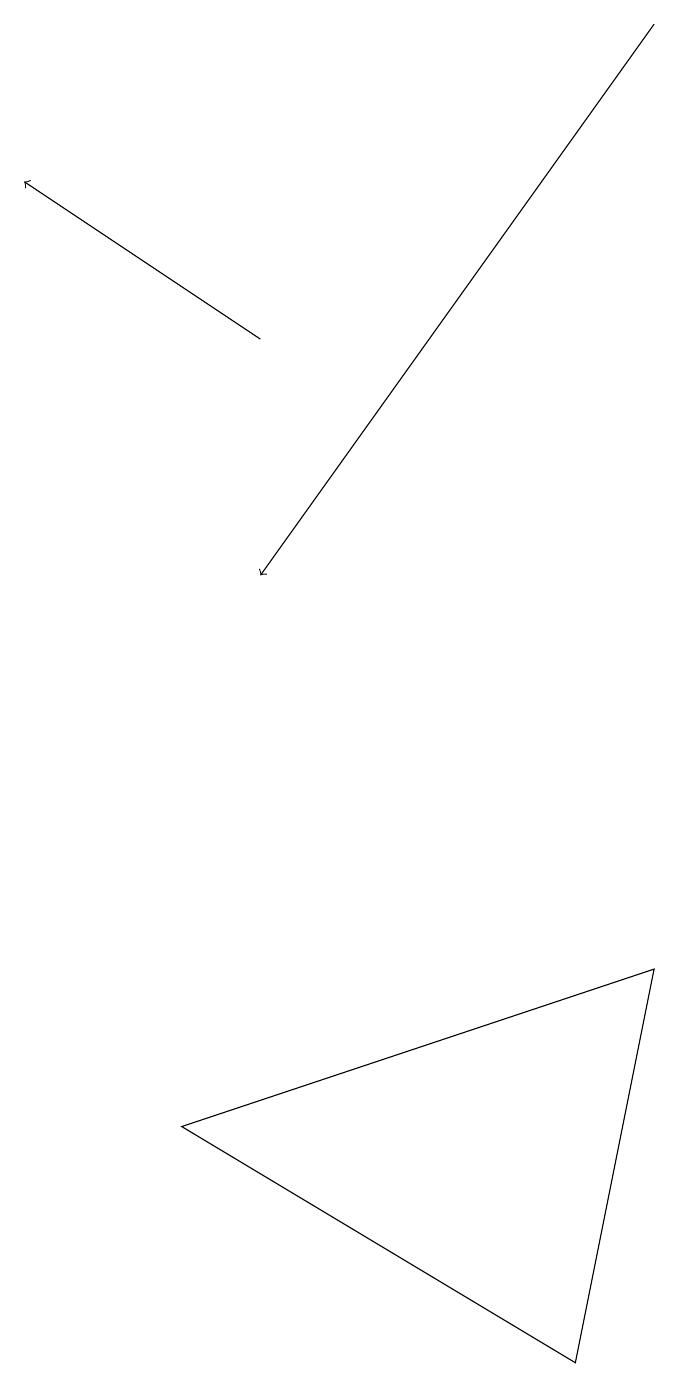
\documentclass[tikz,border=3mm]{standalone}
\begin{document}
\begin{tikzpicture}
\draw (8,7) -- (7,2) -- (2,5) -- cycle;
\draw[->] (3,15) -- (0,17);
\draw[->] (8,19) -- (3,12);
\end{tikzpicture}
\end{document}